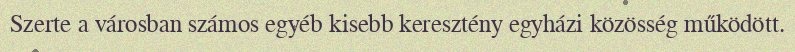
Szerte a városban számos egyéb kisebb keresztény egyházi közösség működött.